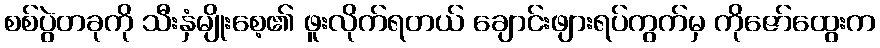
စစ်ပွဲတခုကို သီးနှံမျိုးစေ့၏ ဖူးလိုက်ရတယ် ချောင်းဖျားရပ်ကွက်မှ ကိုဇော်ထွေးက